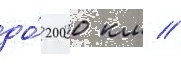
до́ 2000 км //